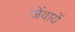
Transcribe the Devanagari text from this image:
जेंवायें